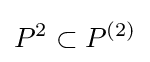
P^{2}\subset P^{(2)}